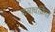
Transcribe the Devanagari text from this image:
दबावक्रित